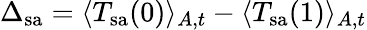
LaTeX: \Delta_{\mathrm{sa}}=\langle T_{\mathrm{sa}}(0)\rangle_{A,t}-\langle T_{\mathrm{sa}}(1)\rangle_{A,t}